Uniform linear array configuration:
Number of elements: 8
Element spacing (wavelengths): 0.5
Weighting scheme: uniform
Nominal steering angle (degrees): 45
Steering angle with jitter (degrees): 46.744
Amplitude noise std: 0.05
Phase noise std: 0.05

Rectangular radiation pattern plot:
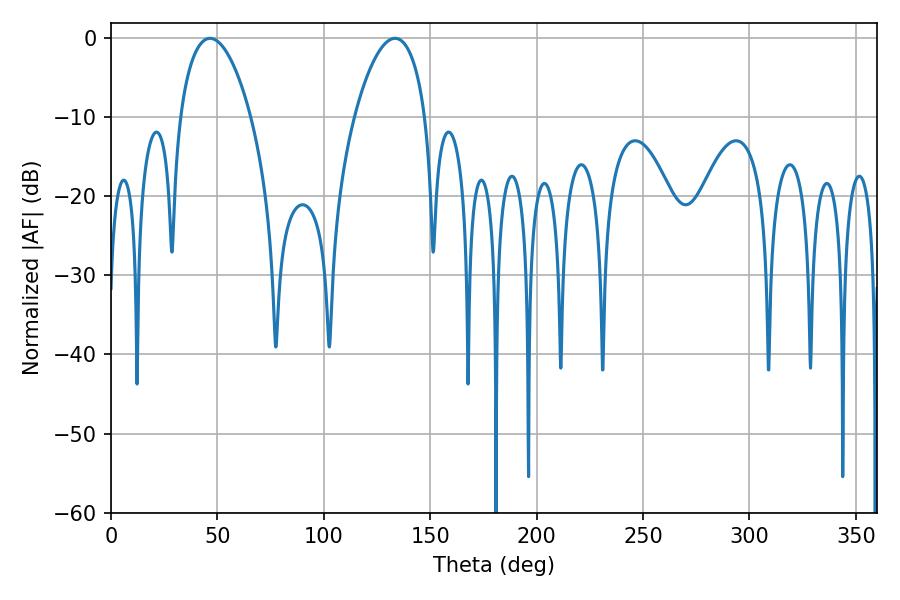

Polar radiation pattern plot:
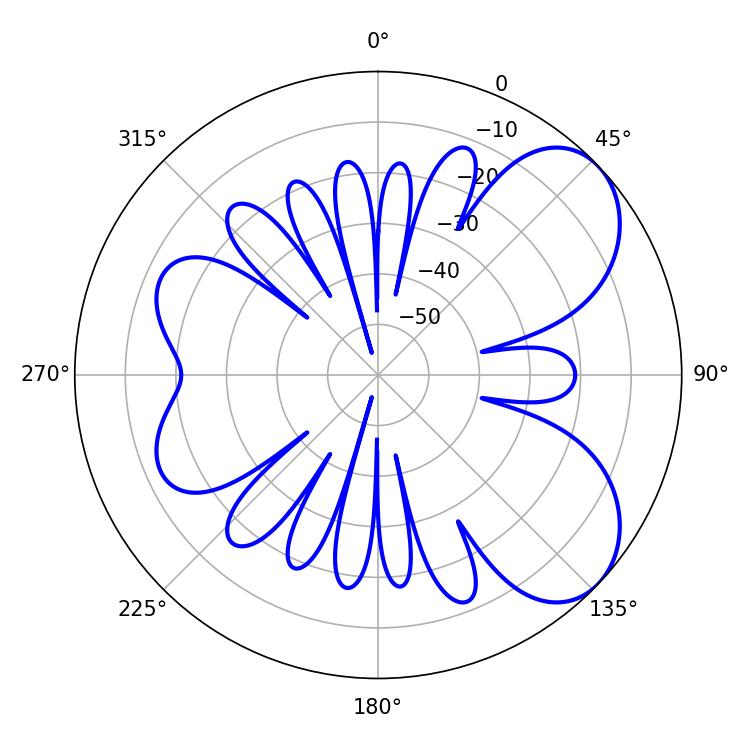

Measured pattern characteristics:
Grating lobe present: FALSE
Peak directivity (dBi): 6.242
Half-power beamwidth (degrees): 18.72
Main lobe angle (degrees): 46.44